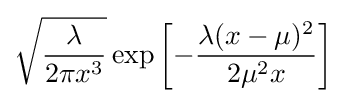
{\sqrt {\frac {\lambda }{2\pi x^{3}}}}\exp \left[-{\frac {\lambda (x-\mu )^{2}}{2\mu ^{2}x}}\right]